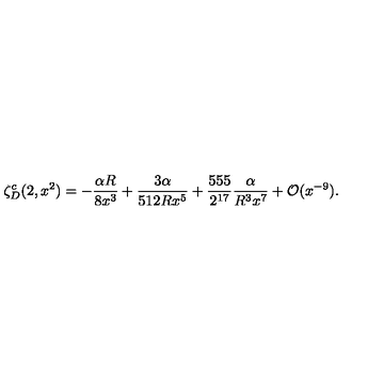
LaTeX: \zeta _ { D } ^ { c } ( 2 , x ^ { 2 } ) = - \frac { \alpha R } { 8 x ^ { 3 } } + \frac { 3 \alpha } { 5 1 2 R x ^ { 5 } } + \frac { 5 5 5 } { 2 ^ { 1 7 } } \frac { \alpha } { R ^ { 3 } x ^ { 7 } } + { \cal O } ( x ^ { - 9 } ) { . }